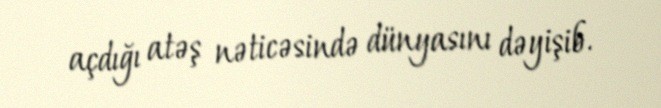
açdığı atəş nəticəsində dünyasını dəyişib.